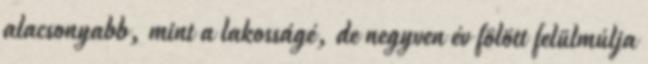
alacsonyabb, mint a lakosságé, de negyven év fölött felülmúlja